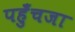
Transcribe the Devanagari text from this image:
पहुँचजा